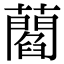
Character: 𧂄